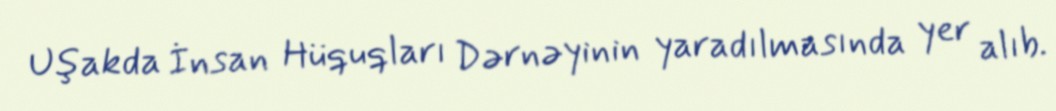
Uşakda İnsan Hüquqları Dərnəyinin yaradılmasında yer alıb.